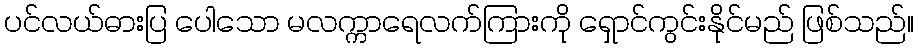
ပင်လယ်ဓားပြ ပေါသော မလက္ကာရေလက်ကြားကို ရှောင်ကွင်းနိုင်မည် ဖြစ်သည်။